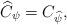
LaTeX: \begin{align*}\widehat{C}_{\psi} = C_{\widehat{\psi}} ,\end{align*}